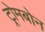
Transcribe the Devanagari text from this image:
ट्रोमबोन